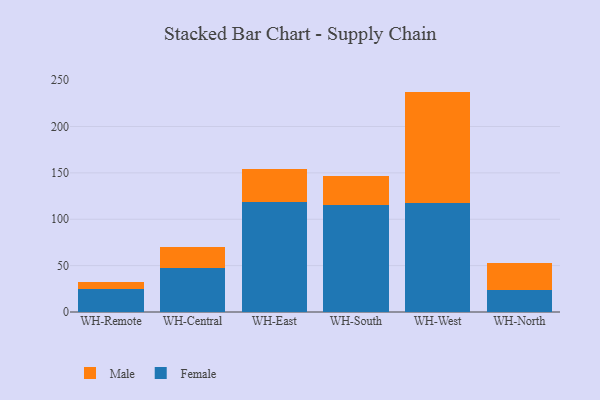
{"axis": {"x": "Warehouse", "y": "Budget (USD K)"}, "legend": ["Female", "Male"], "data": [{"x": "WH-Remote", "y": 24.9, "type": "Female"}, {"x": "WH-Remote", "y": 7.9, "type": "Male"}, {"x": "WH-Central", "y": 47.7, "type": "Female"}, {"x": "WH-Central", "y": 22.7, "type": "Male"}, {"x": "WH-East", "y": 118.4, "type": "Female"}, {"x": "WH-East", "y": 36.0, "type": "Male"}, {"x": "WH-South", "y": 115.3, "type": "Female"}, {"x": "WH-South", "y": 31.8, "type": "Male"}, {"x": "WH-West", "y": 117.4, "type": "Female"}, {"x": "WH-West", "y": 120.2, "type": "Male"}, {"x": "WH-North", "y": 23.4, "type": "Female"}, {"x": "WH-North", "y": 29.9, "type": "Male"}]}